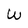
Character: W